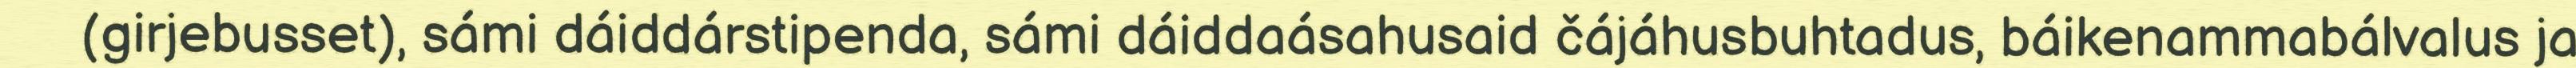
(girjebusset), sámi dáiddárstipenda, sámi dáiddaásahusaid čájáhusbuhtadus, báikenammabálvalus ja